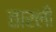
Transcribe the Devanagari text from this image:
तारली